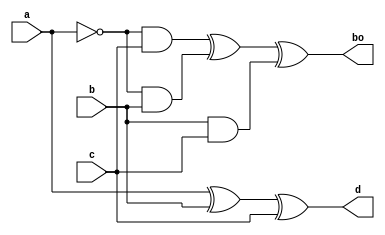
`timescale 1ns / 1ps
//////////////////////////////////////////////////////////////////////////////////
// Company: 
// Engineer: 
// 
// Design Name: 
// Module Name: fs
// Project Name: 
// Target Devices: 
// Tool Versions: 
// Description: 
// 
// Dependencies: 
// 
// Revision:
// Revision 0.01 - File Created
// Additional Comments:
// 
//////////////////////////////////////////////////////////////////////////////////


module fs(a,b,c,d,bo

    );
    input a,b,c;
    output d,bo;
    assign d=a^b^c;
    assign bo=(~a&c)^(~a&b)^(b&c);
endmodule